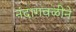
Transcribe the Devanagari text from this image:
नंदागवळीने